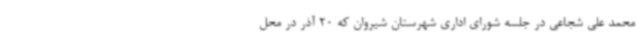
محمد علی شجاعی در جلسه شورای اداری شهرستان شیروان که 20 آذر در محل